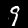
Digit: 9